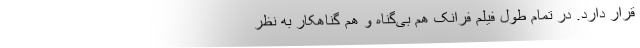
قرار دارد. در تمام طول فیلم فرانک هم بی‌گناه و هم گناهکار به نظر